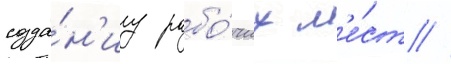
созда́н'иу рабо́чих м'е́ст //